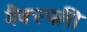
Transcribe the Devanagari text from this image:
मैक्स्फ्ली